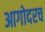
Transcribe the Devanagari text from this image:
आगोदरच